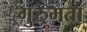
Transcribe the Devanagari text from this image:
गुरुमता